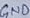
Text: GND